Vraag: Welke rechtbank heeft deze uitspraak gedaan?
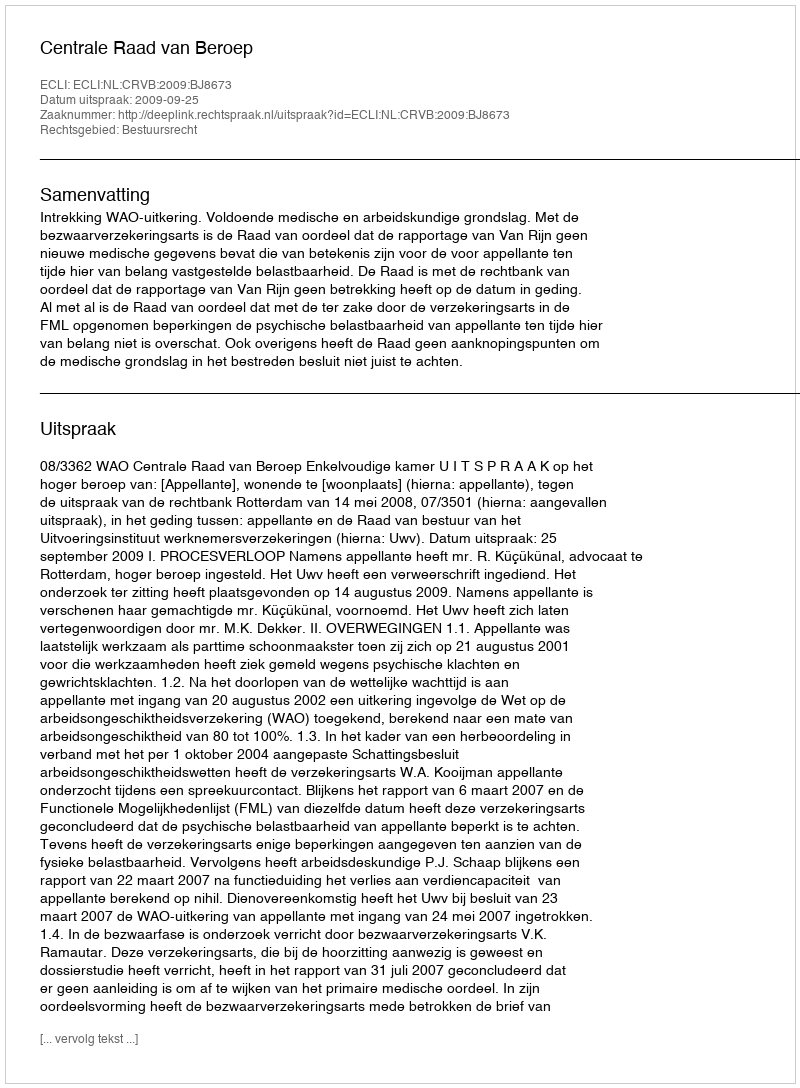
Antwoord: Centrale Raad van Beroep